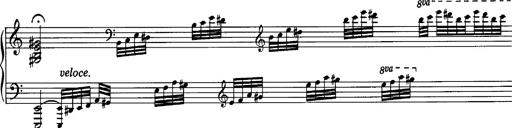
Title: La romanesca
Composer: Franz Liszt